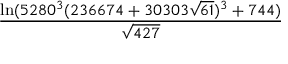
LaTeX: \frac { \ln ( 5 2 8 0 ^ { 3 } ( 2 3 6 6 7 4 + 3 0 3 0 3 { \sqrt { 6 1 } } ) ^ { 3 } + 7 4 4 ) } { \sqrt { 4 2 7 } }